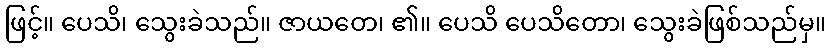
ဖြင့်။ ပေသိ၊ သွေးခဲသည်။ ဇာယတေ၊ ၏။ ပေသိ ပေသိတော၊ သွေးခဲဖြစ်သည်မှ။